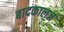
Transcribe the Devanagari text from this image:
बादकालज